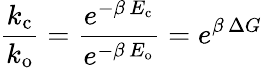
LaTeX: \frac{k_{\mathrm{c}}}{k_{\mathrm{o}}}=\frac{e^{-\beta\, E_{\mathrm{c}}}}{e^{-\beta\, E_{\mathrm{o}}}}=e^{\beta\, \Delta G}